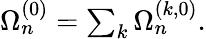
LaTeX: \begin{array}{r}{\Omega_{n}^{(0)}=\sum_{k}\Omega_{n}^{(k,0)}.}\end{array}